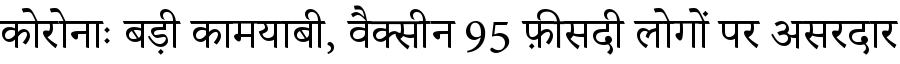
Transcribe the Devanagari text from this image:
कोरोनाः बड़ी कामयाबी, वैक्सीन 95 फ़ीसदी लोगों पर असरदार